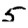
Digit: 5